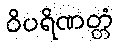
ဝိပရိဏတ္တံ